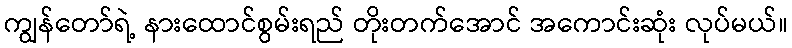
ကျွန်တော်ရဲ့ နားထောင်စွမ်းရည် တိုးတက်အောင် အကောင်းဆုံး လုပ်မယ်။